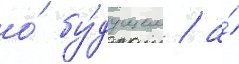
о́ бу́дущем / а́